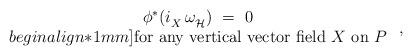
LaTeX: \begin{align*} \begin{array}{c} \phi^* (i_X^{} \, \omega_{\mathcal{H}}^{})~=~0 \\begin{align*}1mm] \mbox{for any vertical vector field $X$ on~$P$} \end{array}~,\end{align*}